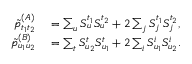
\begin{array} { r l } { \tilde { p } _ { t _ { 1 } t _ { 2 } } ^ { ( A ) } } & { { } = \sum _ { u } S _ { u } ^ { t _ { 1 } } S _ { u } ^ { t _ { 2 } } + 2 \sum _ { j } S _ { j } ^ { t _ { 1 } } S _ { j } ^ { t _ { 2 } } , } \\ { \tilde { p } _ { u _ { 1 } u _ { 2 } } ^ { ( B ) } } & { { } = \sum _ { t } S _ { u _ { 2 } } ^ { t } S _ { u _ { 1 } } ^ { t } + 2 \sum _ { i } S _ { u _ { 1 } } ^ { i } S _ { u _ { 2 } } ^ { i } . } \end{array}